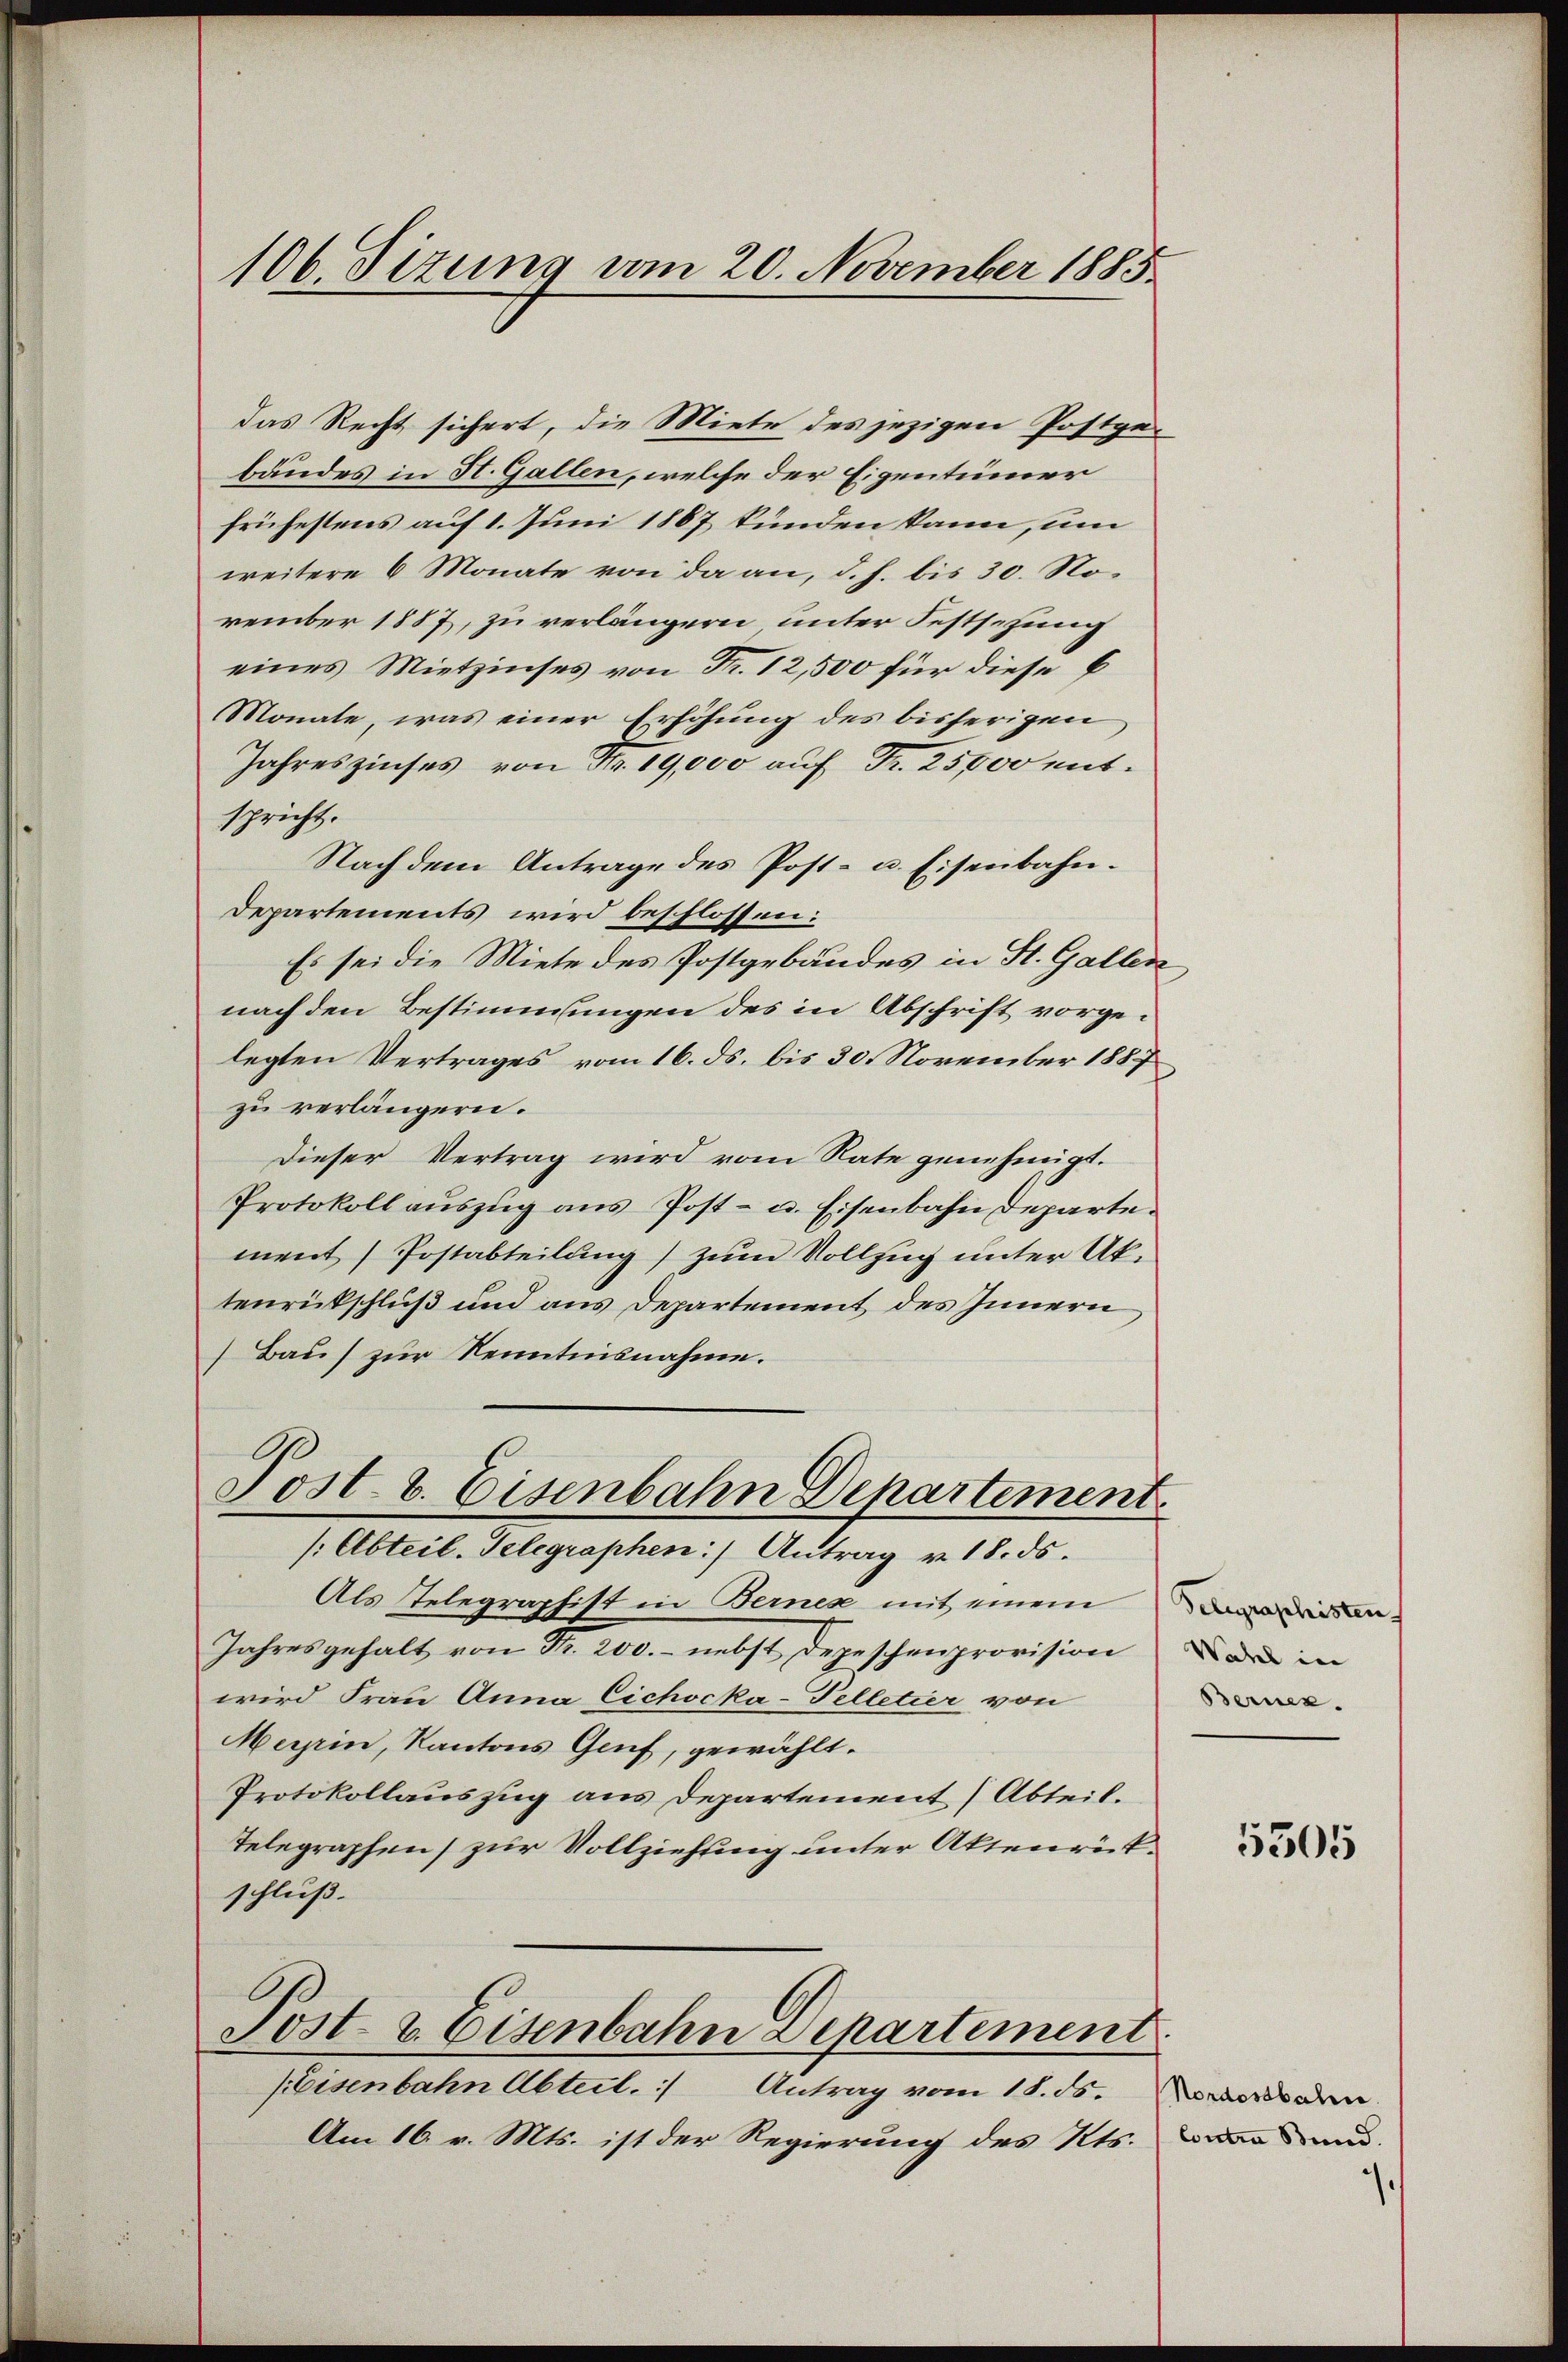
das Recht sichert, die Miete des jezigen Postge-
bundes in St. Gallen, welche der Eigentümer
frühestens auf 1. Juni 1887 kunden kann, um
weitere 6 Monate von da an, d. h. bis 30. November 1887, zu verlängern unter Festsezung
eines Mietzinses von Fr. 12,500 für diese b
Monate, was einer Erhöhung des bisherigen
Jahreszinses, von Fr. 19,000 auf Fr. 25000 mitspricht.
Nach dem Antrage des Post- u. Eisenbahn¬
Departements wird beschlossen:
Es sei die Miete des Postgebäudes in St. Gallen,
nach den Bestimmungen des in Abschrift vorgelegten Vertrages vom 16. ds. bis 30. November 1887
zu verlängern.
Dieser Vertrag wird vom Rate genehmigt.
Protokoll auszug aus Post- u. Eisenbahn Departement Postabteilung) zum Vollzug unter Uk.
tenrückschluß und aus Departement des Innern
Bau) zur Kenntnisnahme.
G

106 Sizung vom 20. November 1885.

Post- u. Eisenbahn Departement.
/Abteil. Telegraphen) Antrag v. 18. ds.

Als Telegraphist in Bernex mit einem
Jahres gehalt von Nr. 200.- nebst Depeschenprovision des in
wird Frau Anna Cichocka-Telletier von
Merpin, Kantons Genf, gewählt.
Protokollauszug aus Departement (Abteil.
Telegraphen) zur Vollziehung unter Aktenrückschluß.
6
Sost- & Eisenbahn Departement
Eisenbahn Abteil.
Antrag vom 18. ds. Morderbahn.
Am 16. v. Mts. ist der Regierung des Kts.

Telegraphisten
Bernez.

5305

Contra Bund.

.